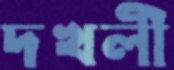
দখলী